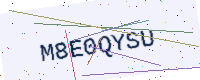
Text: M8E0QYSU